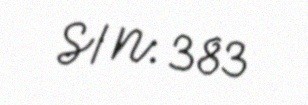
S/N: 383